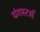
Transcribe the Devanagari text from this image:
यंगस्टर्स